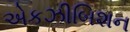
એકઝીબિશન